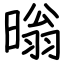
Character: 暡